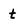
Character: t